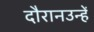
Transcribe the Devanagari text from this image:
दौरानउन्हें